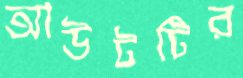
আউটটির